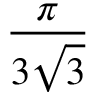
\frac { \pi } { 3 { \sqrt { 3 } } }